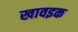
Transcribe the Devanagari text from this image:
खावइक